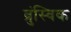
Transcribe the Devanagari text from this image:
ब्रुंस्विक